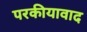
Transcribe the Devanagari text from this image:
परकीयावाद